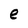
Character: e